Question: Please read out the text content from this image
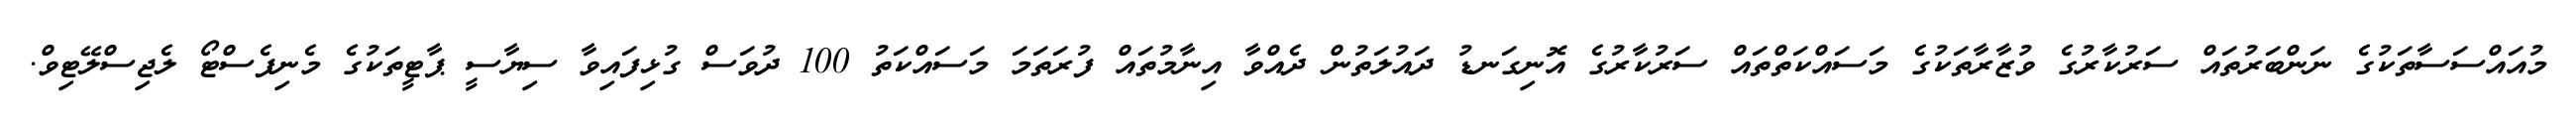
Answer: މުއައްސަސާތަކުގެ ނަންބަރުތައް ސަރުކާރުގެ ވުޒާރާތަކުގެ މަސައްކަތްތައް ސަރުކާރުގެ އޮނިގަނޑު ދައުލަތުން ދެއްވާ އިނާމުތައް ފުރަތަމަ މަސައްކަތު 100 ދުވަސް ގުޅިފައިވާ ސިޔާސީ ޕާޓީތަކުގެ މެނިފެސްޓޯ ލެޖިސްލޭޓިވް.